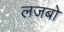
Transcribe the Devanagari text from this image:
लजबो